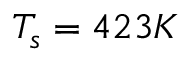
T _ { s } = 4 2 3 K